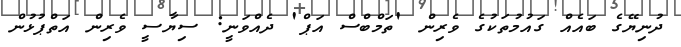
ދުނިޔޭގެ ބައެއް ގައުމުތަކުގެ ވެރިން 'ތަމްބްސް އަޕް' ދެއްވަނީ: ސިޔާސީ ވެރިން އަތްޕުޅުން